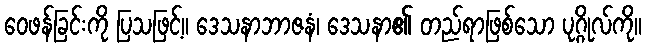
ဝေဖန်ခြင်းကို ပြသဖြင့်။ ဒေသနာဘာဇနံ၊ ဒေသနာ၏ တည်ရာဖြစ်သော ပုဂ္ဂိုလ်ကို။